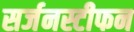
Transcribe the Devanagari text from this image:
सर्जनस्टीफन